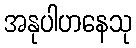
အနုပါဟနေသု